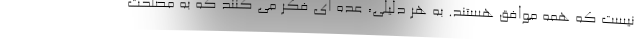
نیست که همه موافق هستند. به هر دلیلی، عده ای فکر می کنند که به مصلحت